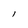
Character: l